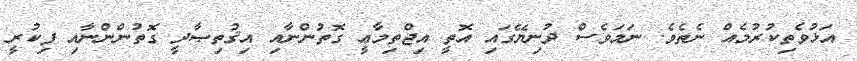
އަޅުވެތިކުރުމެއް ނެތެވެ. ނަމަވެސް ދުނިޔޭގައި އޮތީ އިޖްތިމާޢީ ގޮތުންނާއި އިޤުތިޞާދީ ގޮތުންންނާއި ފިކުރީ